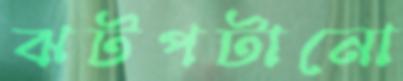
ঝটপটানো